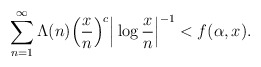
\begin{align*}\sum_{n=1}^{\infty} \Lambda(n) \Big( \frac{x}{n} \Big)^c \Big| \log \frac{x}{n} \Big|^{-1} < f(\alpha, x).\end{align*}